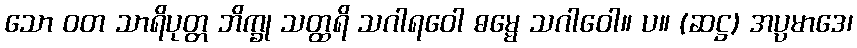
သော ဝတ သာရိပုတ္တ ဘိက္ခု သတ္ထရိ သဂါရဝေါ ဓမ္မေ သဂါဝေါ။ ပ။ (ဆဋ္ဌ) အပ္ပမာဒေ၊